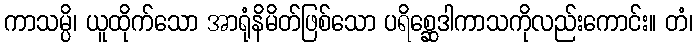
ကာသမ္ပိ၊ ယူထိုက်သော အာရုံနိမိတ်ဖြစ်သော ပရိစ္ဆေဒါကာသကိုလည်းကောင်း။ တံ၊